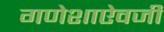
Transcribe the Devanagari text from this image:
गणेशाऐवजी